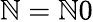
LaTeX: \mathbb{N}=\mathbb{N}0